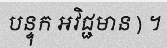
បន្ទុក អវិជ្ជមាន ) ។